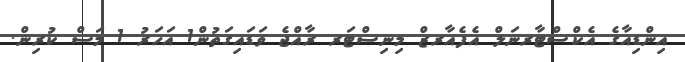
އިންޑިއާގެ އެކްސްޓާރނަލް އެފެއާރޒް މިނިސްޓަރ ރާއްޖެ ވަޑައިގަތުން1 އަހަރު 1 މަސް ކުރިން.